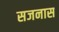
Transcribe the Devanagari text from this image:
सजनास